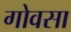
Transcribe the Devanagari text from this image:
गोवसा